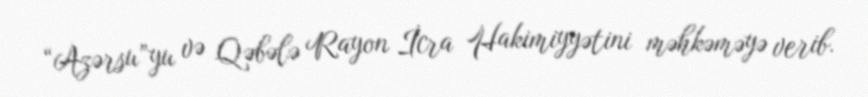
“Azərsu”yu və Qəbələ Rayon İcra Hakimiyyətini məhkəməyə verib.